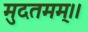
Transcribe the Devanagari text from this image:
मुदतमम्।।